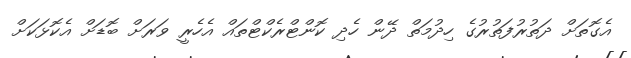
އެގޮތަށް ދަތުރުފަތުރުގެ ހިދުމަތް ދޭން ހެދި ކޮންޓްރެކްޓްތައް އެހެރީ ވަރަށް ބޮޑަށް އެކޮޅަކަށް